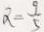
a = \frac { 9 } { 5 }